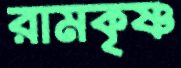
রামকৃষ্ণ